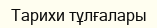
Тарихи тұлғалары